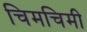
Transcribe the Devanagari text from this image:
चिमचिमी